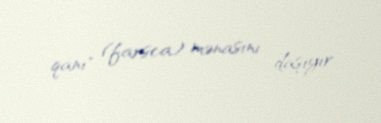
qanı" (farsca) mənasını daşıyır.